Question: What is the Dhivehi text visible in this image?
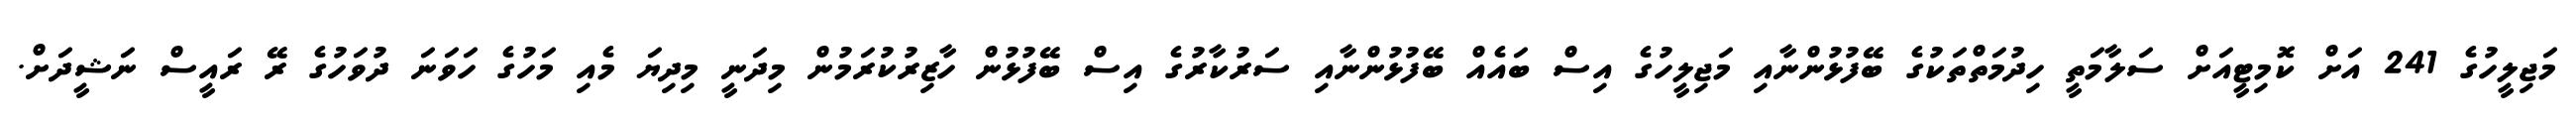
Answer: މަޖިލީހުގެ 241 އަށް ކޮމިޓީއަށް ސަލާމަތީ ހިދުމަތްތަކުގެ ބޭފުޅުންނާއި މަޖިލީހުގެ އިސް ބައެއް ބޭފުޅުންނާއި ސަރުކާރުގެ އިސް ބޭފުޅުން ހާޒިރުކުރަމުން މިދަނީ މިދިޔަ މެއި މަހުގެ ހަވަނަ ދުވަހުގެ ރޭ ރައީސް ނަޝީދަށް.